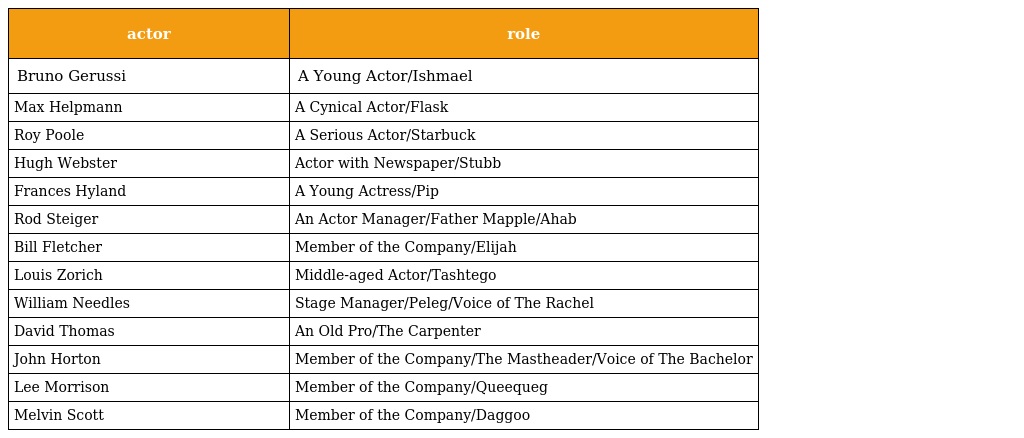
| actor | role |
 | --- | --- |
 | Bruno Gerussi | A Young Actor/Ishmael |
 | Max Helpmann | A Cynical Actor/Flask |
 | Roy Poole | A Serious Actor/Starbuck |
 | Hugh Webster | Actor with Newspaper/Stubb |
 | Frances Hyland | A Young Actress/Pip |
 | Rod Steiger | An Actor Manager/Father Mapple/Ahab |
 | Bill Fletcher | Member of the Company/Elijah |
 | Louis Zorich | Middle-aged Actor/Tashtego |
 | William Needles | Stage Manager/Peleg/Voice of The Rachel |
 | David Thomas | An Old Pro/The Carpenter |
 | John Horton | Member of the Company/The Mastheader/Voice of The Bachelor |
 | Lee Morrison | Member of the Company/Queequeg |
 | Melvin Scott | Member of the Company/Daggoo |